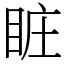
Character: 𥅾